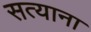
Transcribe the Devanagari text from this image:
सत्याना